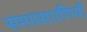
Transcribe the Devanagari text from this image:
समयसारणियाँ